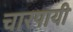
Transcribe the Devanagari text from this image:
चारपायी